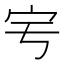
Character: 𡧈